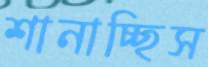
শানাচ্ছিস